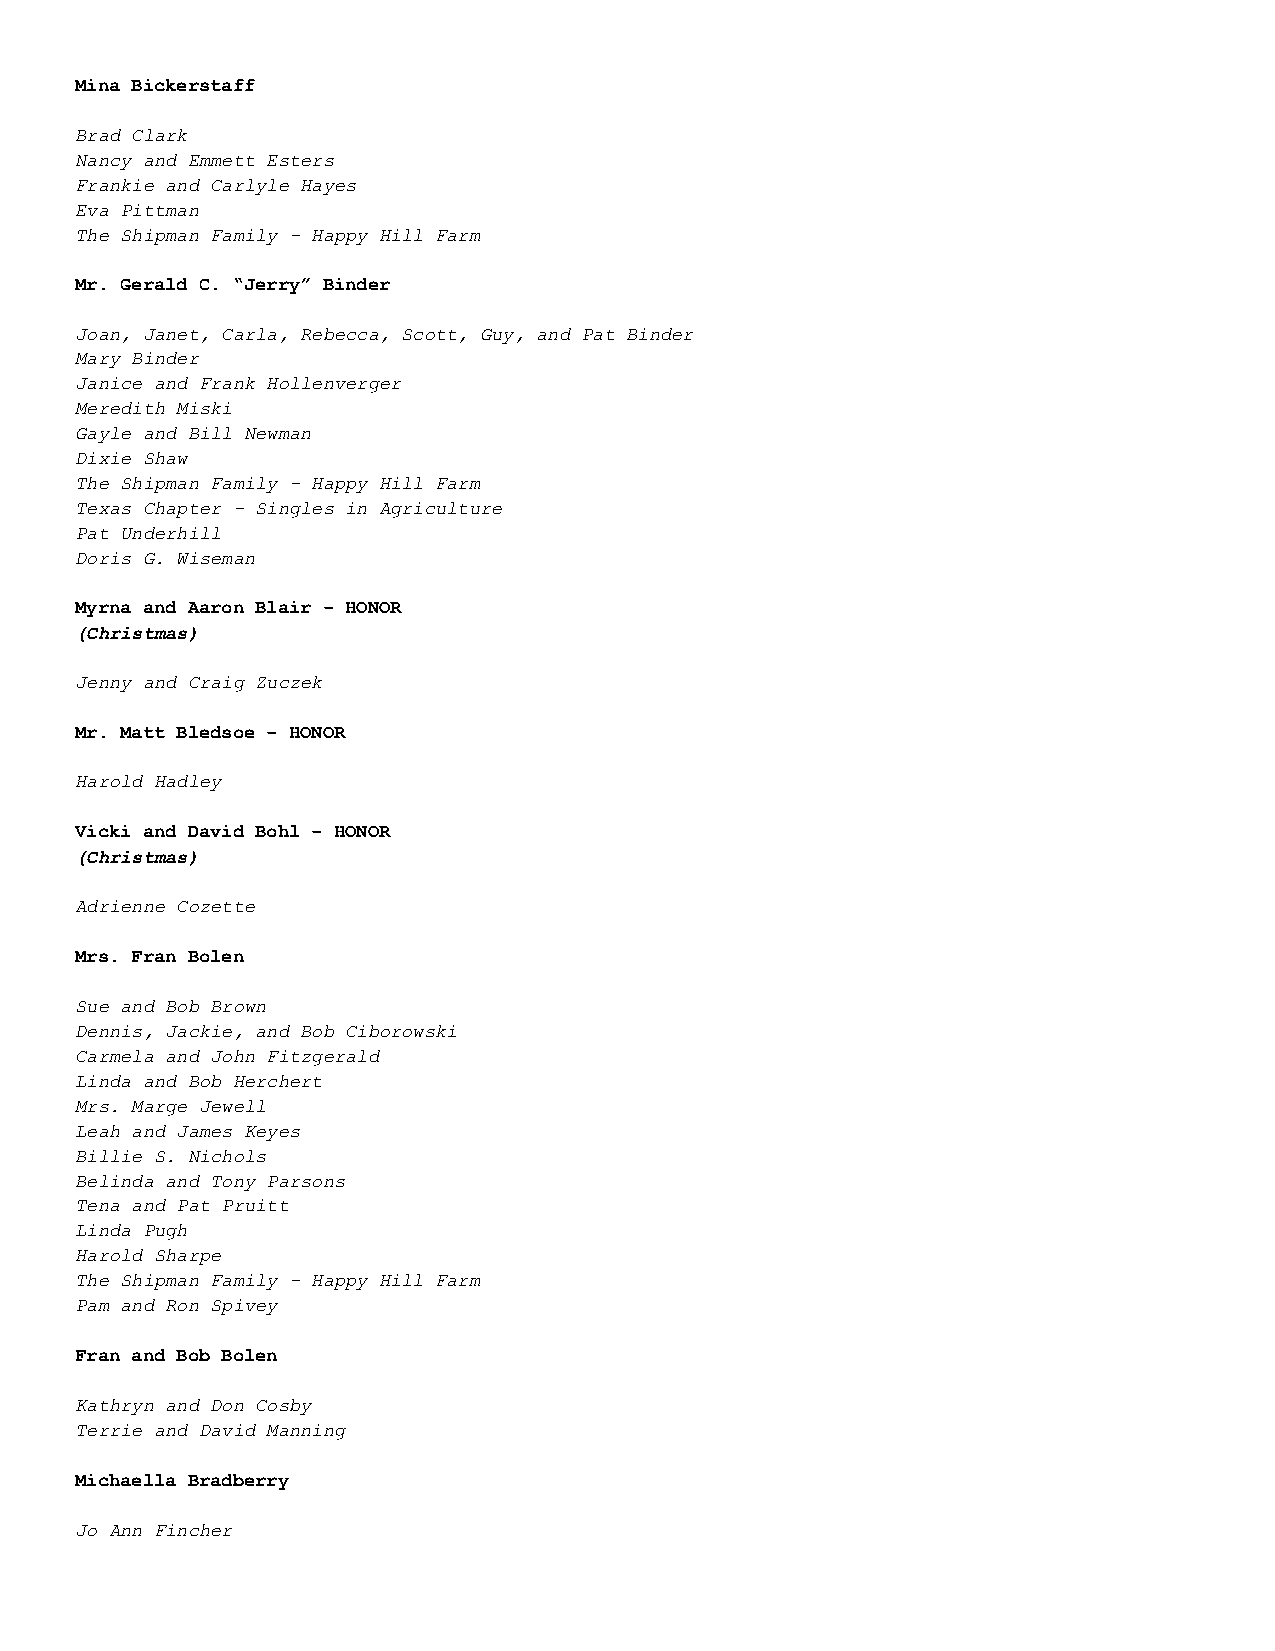
Mina Bickerstaff
 Brad Clark
 Nancy and Emmett Esters
 Frankie and Carlyle Hayes
 Eva Pittman
 The Shipman Family - Happy Hill Farm
 Mr. Gerald C. “Jerry” Binder
 Joan, Janet, Carla, Rebecca, Scott, Guy, and Pat Binder
 Mary Binder
 Janice and Frank Hollenverger
 Meredith Miski
 Gayle and Bill Newman
 Dixie Shaw
 The Shipman Family - Happy Hill Farm
 Texas Chapter - Singles in Agriculture
 Pat Underhill
 Doris G. Wiseman
 Myrna and Aaron Blair – HONOR
 (Christmas)
 Jenny and Craig Zuczek
 Mr. Matt Bledsoe – HONOR
 Harold Hadley
 Vicki and David Bohl – HONOR
 (Christmas)
 Adrienne Cozette
 Mrs. Fran Bolen
 Sue and Bob Brown
 Dennis, Jackie, and Bob Ciborowski
 Carmela and John Fitzgerald
 Linda and Bob Herchert
 Mrs. Marge Jewell
 Leah and James Keyes
 Billie S. Nichols
 Belinda and Tony Parsons
 Tena and Pat Pruitt
 Linda Pugh
 Harold Sharpe
 The Shipman Family - Happy Hill Farm
 Pam and Ron Spivey
 Fran and Bob Bolen
 Kathryn and Don Cosby
 Terrie and David Manning
 Michaella Bradberry
 Jo Ann Fincher